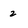
Character: 2